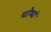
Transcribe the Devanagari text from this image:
चोष्यं